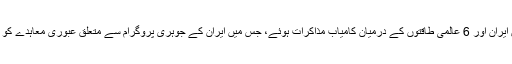
سفارتی ذرائع کے مطابق ویانا میں ایران اور 6 عالمی طاقتوں کے درمیان کامیاب مذاکرات ہوئے، جس میں ایران کے جوہری پروگرام سے متعلق عبوری معاہدے کو 24 نومبر تک توسیع دے دی گئی۔